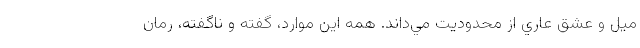
ميل و عشق عاري از محدوديت مي‌داند. همه اين موارد، گفته و ناگفته، رمان